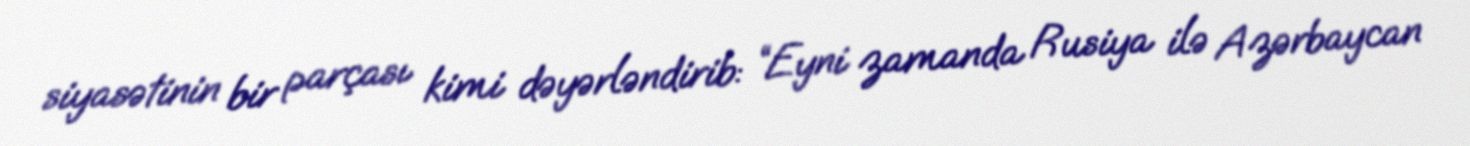
siyasətinin bir parçası kimi dəyərləndirib: “Eyni zamanda Rusiya ilə Azərbaycan